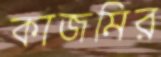
কাজমির